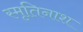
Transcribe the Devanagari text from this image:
स्मृतिनाश